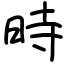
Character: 時